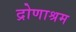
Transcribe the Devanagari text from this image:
द्रोणाश्रम